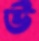
উ